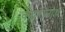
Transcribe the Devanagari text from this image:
केदरानाथ